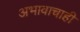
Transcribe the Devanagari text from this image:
अभावाचाही